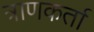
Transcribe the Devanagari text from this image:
त्राणकर्ता